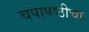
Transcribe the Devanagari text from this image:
चंपाषष्ठीचा